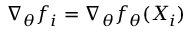
\nabla _ { \theta } f _ { i } = \nabla _ { \theta } f _ { \theta } ( X _ { i } )